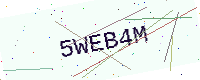
Text: 5WEB4M